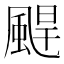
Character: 𩗤